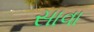
સાવા